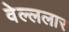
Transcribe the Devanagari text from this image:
वेल्ललार